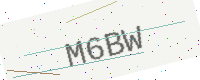
Text: M6BW